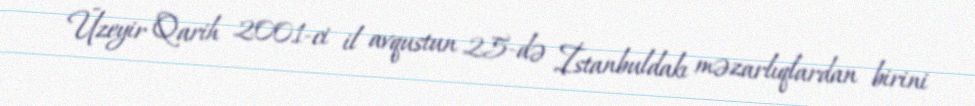
Üzeyir Qarih 2001-ci il avqustun 25-də İstanbuldakı məzarlıqlardan birini